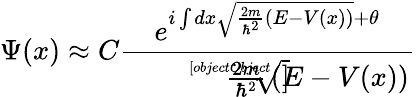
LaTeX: \Psi(x)\approx C{\frac{e^{i\int dx{\sqrt{{\frac{2m}{\hbar^{2}}}\left(E-V(x)\right)}}+\theta}}{\sqrt[[objectObject]]{{\frac{2m}{\hbar^{2}}}\left(E-V(x)\right)}}}